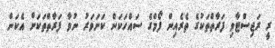
ރީ ރަޖިސްޓާވި ފަރާތްތަކުގެ ތެރެއިން ފޯމްގެ ސައްހަަކަން ކަށަވަރު ނުވާ ފަރާތްތަކަށް އެކަން